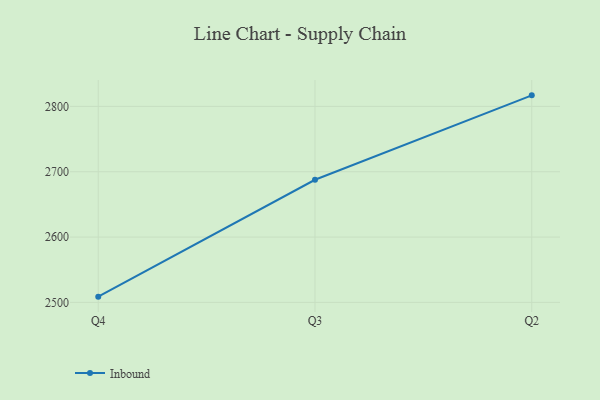
{"axis": {"x": "Quarter", "y": "Demand Index"}, "legend": ["Inbound"], "data": [{"x": "Q4", "y": 2508.8, "type": "Inbound"}, {"x": "Q3", "y": 2687.7, "type": "Inbound"}, {"x": "Q2", "y": 2816.9, "type": "Inbound"}]}